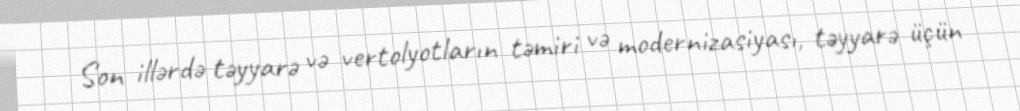
Son illərdə təyyarə və vertolyotların təmiri və modernizasiyası, təyyarə üçün